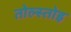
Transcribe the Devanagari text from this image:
तोल्स्तोइ